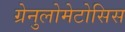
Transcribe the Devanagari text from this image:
ग्रेनुलोमेटोसिस